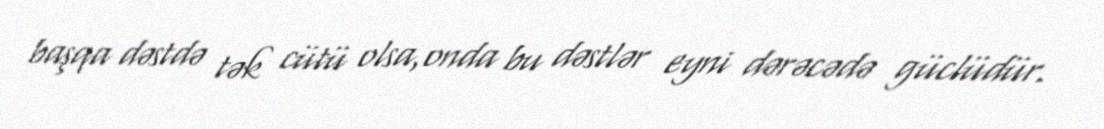
başqa dəstdə tək cütü olsa,onda bu dəstlər eyni dərəcədə güclüdür.